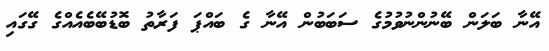
އޭނާ ބަލަން ބޭނުންނުވުމުގެ ސަބަބުން އޭނާ ގެ ބައްޕަ ފަރާތު ބޮޑުބޭބެއެއްގެ ގޭގައި